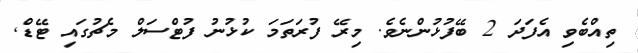
ތިއްބެވި އެފަދަ 2 ބޭފުޅުންނެވެ. މިރޭ ފުރަތަމަ ކުޅުނު ފުޓްސަލް މެޗުގައި ޓޭޑް